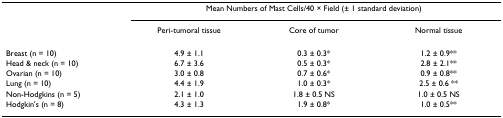
|  | <COLSPAN=3> Mean Numbers of Mast Cells/40 × Field (± 1 standard deviation) |
 |  | Peri-tumoral tissue | Core of tumor | Normal tissue |
 | --- | --- | --- | --- |
 | Breast (n = 10) | 4.9 ± 1.1 | 0.3 ± 0.3* | 1.2 ± 0.9** |
 | Head & neck (n = 10) | 6.7 ± 3.6 | 0.5 ± 0.3* | 2.8 ± 2.1** |
 | Ovarian (n = 10) | 3.0 ± 0.8 | 0.7 ± 0.6* | 0.9 ± 0.8** |
 | Lung (n = 10) | 4.4 ± 1.9 | 1.0 ± 0.3* | 2.5 ± 0.6 ** |
 | Non-Hodgkins (n = 5) | 2.1 ± 1.0 | 1.8 ± 0.5 NS | 1.0 ± 0.5 NS |
 | Hodgkin's (n = 8) | 4.3 ± 1.3 | 1.9 ± 0.8* | 1.0 ± 0.5** |